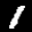
Label: 1